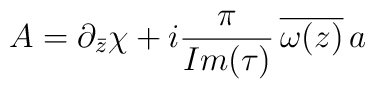
A=\partial_{\bar{z}}\chi+i {\pi \over Im(\tau)}\,\overline{\omega(z)}\, a